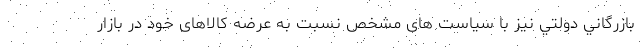
بازرگاني دولتي نیز با سیاست های مشخص نسبت به عرضه کالاهای خود در بازار